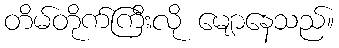
တိမ်တိုက်ကြီးလို မျောနေသည်။